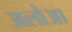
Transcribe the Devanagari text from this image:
अलोआ